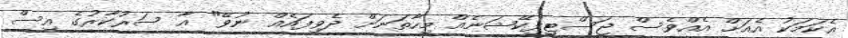
އެކަމަކު އެއަށް އެއްވެސް ޖަސްޓިފިކޭޝަނެއް މިހާތަނަށް ދެވިފައެއް ނުވޭ" އާ ސަރުކާރުގެ އިސް